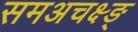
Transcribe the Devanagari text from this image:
समअचक्ष्ङ्